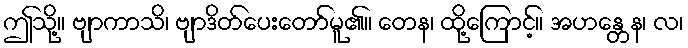
ဤသို့။ ဗျာကာသိ၊ ဗျာဒိတ်ပေးတော်မူ၏။ တေန၊ ထို့ကြောင့်။ အဟန္တေန၊ လ၊